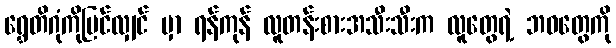
ရွှေတိဂုံကိုမြင်လျှင် မှာ ရန်ကုန် လူတန်းစားအသီးသီးက လူတွေရဲ့ ဘဝတွေကို